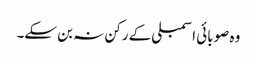
وہ صوبائی اسمبلی کے رکن نہ بن سکے۔